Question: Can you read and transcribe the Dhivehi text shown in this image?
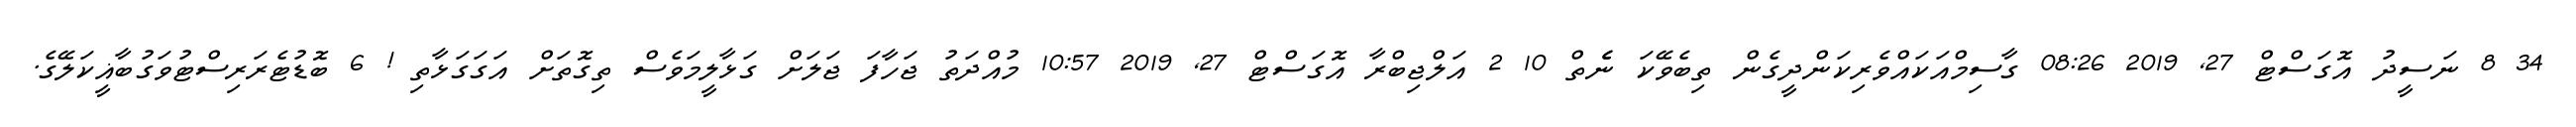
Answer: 34 8 ނަސީދު އޮގަސްޓް 27, 2019 08:26 ގާސިމްއަކައްވެރިކަންދީގެން ތިބެވޭކަ ނެެތް 10 2 އަލްޖިބްރާ އޮގަސްޓް 27, 2019 10:57 މުއްދަތު ޖަހާފަ ޖަލަށް ގަޅާލީމަވެސް ތިގޮތަށް އަގަގަޅާތި ! 6 ބޮޑުޓެރަރިސްޓުވަގުބާޣީކަލޭގެ.